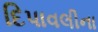
દિપાવલીના